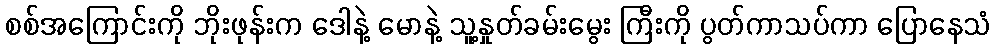
စစ်အကြောင်းကို ဘိုးဖုန်းက ဒေါနဲ့ မောနဲ့ သူ့နှုတ်ခမ်းမွေး ကြီးကို ပွတ်ကာသပ်ကာ ပြောနေသံ